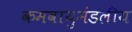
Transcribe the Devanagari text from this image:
कमवायुमंडलीय